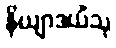
နိယျာဒယိံသု